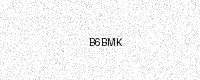
Text: B6BMK